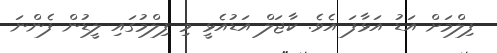
ފިލްމަށް އަޑު އަޅާފަ އެވެ. ކާޖަލް އަޑުއެޅީ މި ފިލްމުގައި ލީޑުން ފެންނަ